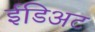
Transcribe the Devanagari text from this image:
ईडिअट